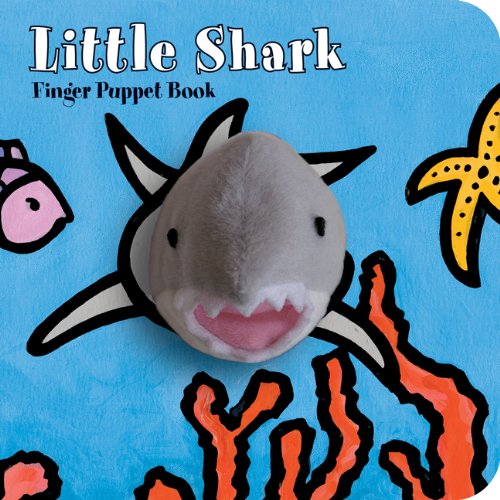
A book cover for Little Shark: Finger Puppet Book (Little Finger Puppet Board Books); ImageBooks; Children's Books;